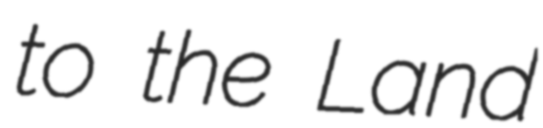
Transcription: to the Land